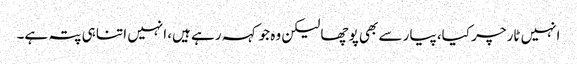
انہیں ٹارچر کیا، پیار سے بھی پوچھا لیکن وہ جو کہہ رہے ہیں، انہیں اتنا ہی پتہ ہے۔